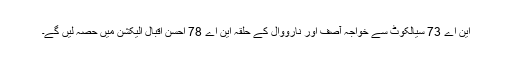
این اے 73 سیالکوٹ سے خواجہ آصف اور نارووال کے حلقہ این اے 78 احسن اقبال الیکشن میں حصہ لیں گے۔